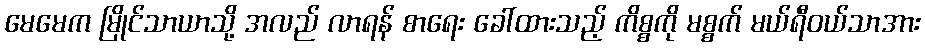
မေမေက မြိုင်သာယာသို့ အလည် လာရန် စာရေး ခေါ်ထားသည့် ကိစ္စကို မစ္စက် မယ်ရီဝယ်သာအား